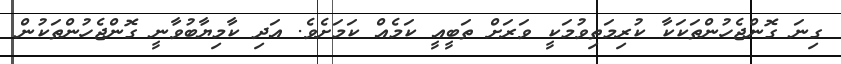
ގިނަ ގޮންޖެހުންތަކަކާ ކުރިމަތިވުމަކީ ވަރަށް ތަބީއީ ކަމެއް ކަމަށެވެ. އަދި ކާމިޔާބުވާނީ ގޮންޖެހުންތަކުން